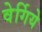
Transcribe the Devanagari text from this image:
वेर्गिये